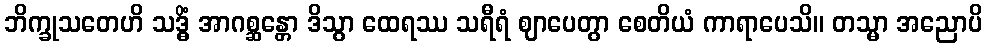
ဘိက္ခုသတေဟိ သဒ္ဓိံ အာဂစ္ဆန္တော ဒိသွာ ထေရဿ သရီရံ ဈာပေတွာ စေတိယံ ကာရာပေသိ။ တသ္မာ အညောပိ